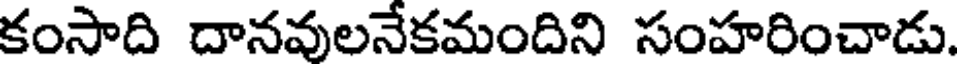
కంసాది దానవులనేకమందిని సంహరించాడు.